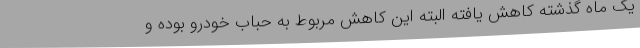
یک ماه گذشته کاهش یافته البته این کاهش مربوط به حباب خودرو بوده و